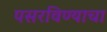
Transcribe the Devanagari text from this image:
पसरविण्याचा